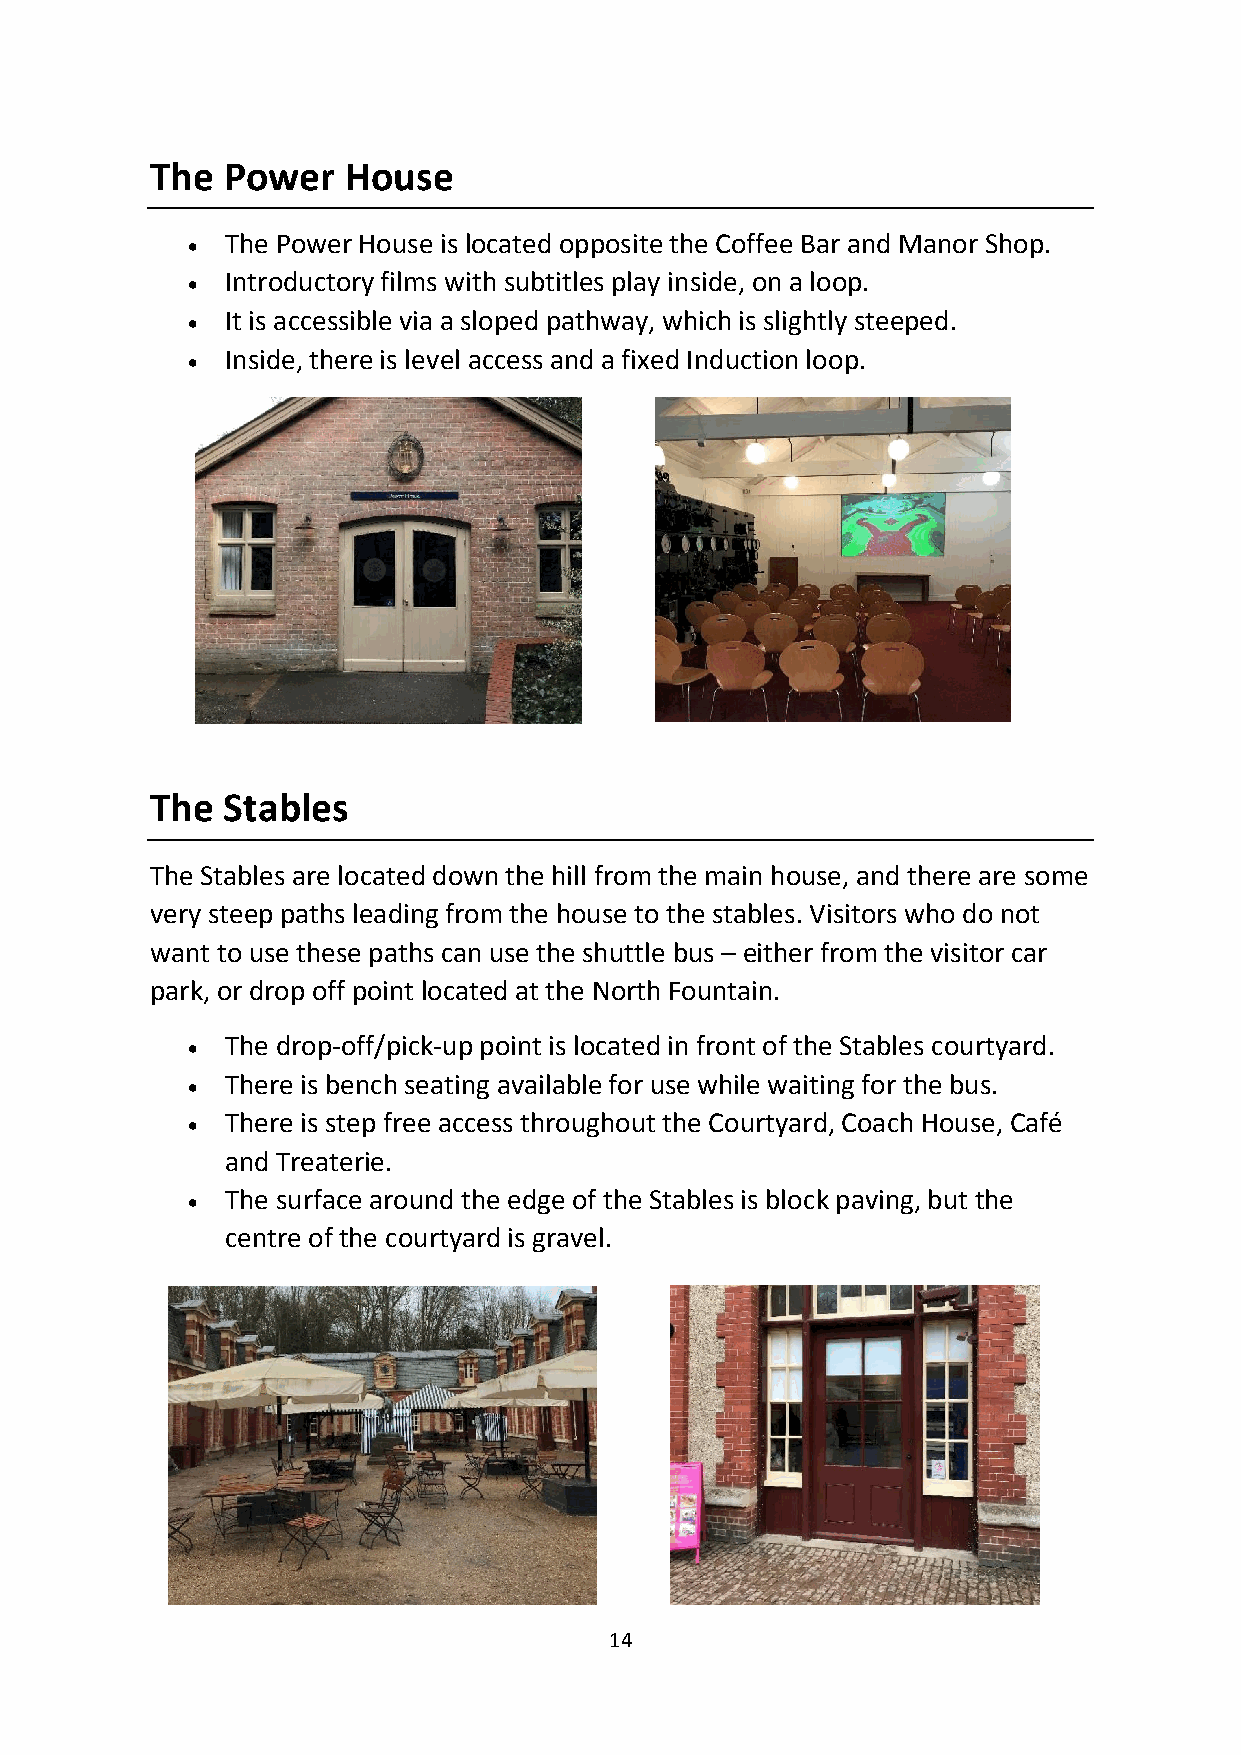
The  Power   House
   The Power House is located opposite the Coffee Bar and Manor Shop.
   Introductory films with subtitles play inside, on a loop.
   It is accessible via a sloped pathway, which is slightly steeped.
   Inside, there is level access and a fixed Induction loop.
 The  Stables
 The Stables are located down the hill from the main house, and there are some
 very steep paths leading from the house to the stables. Visitors who do not
 want to use these paths can use the shuttle bus – either from the visitor car
 park, or drop off point located at the North Fountain.
   The drop-off/pick-up point is located in front of the Stables courtyard.
   There is bench seating available for use while waiting for the bus.
   There is step free access throughout the Courtyard, Coach House, Café
 and Treaterie.
   The surface around the edge of the Stables is block paving, but the
 centre of the courtyard is gravel.
 14